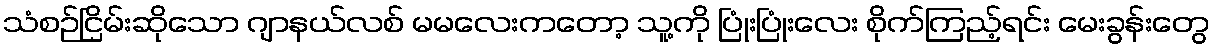
သံစဉ်ငြိမ်းဆိုသော ဂျာနယ်လစ် မမလေးကတော့ သူ့ကို ပြုံးပြုံးလေး စိုက်ကြည့်ရင်း မေးခွန်းတွေ